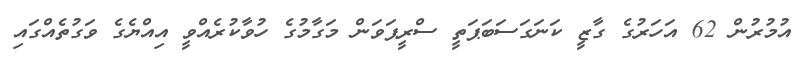
އުމުރުން 62 އަހަރުގެ ގާޒީ ކަނަގަސަބަޕަތީ ސްރީޕަވަން މަގާމުގެ ހުވާކުރެއްވީ އިއްޔެގެ ވަގުތެއްގައި